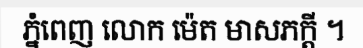
ភ្នំពេញ លោក ម៉េត មាសភក្តី ។